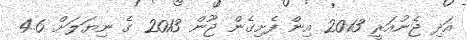
އަދި ޖެނުއަރީ 2013 އިން ފެށިގެން ޖޫން 2013 ގެ ނިޔަލަށް 4.6